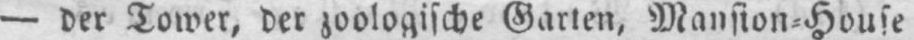
- der Tower, der zoologische Garten, Mansion⸗House